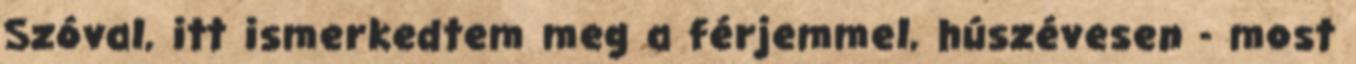
Szóval, itt ismerkedtem meg a férjemmel, húszévesen - most